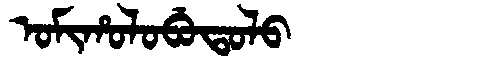
Manchu: ᠣᠮᡳᡥᠣᠯᠣᠪᡠᡨᠣᠯᠣ
Romanization: OMIHOLOBUTOLO